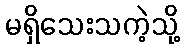
မရှိသေးသကဲ့သို့